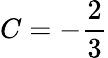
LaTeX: C=-{\frac{2}{3}}